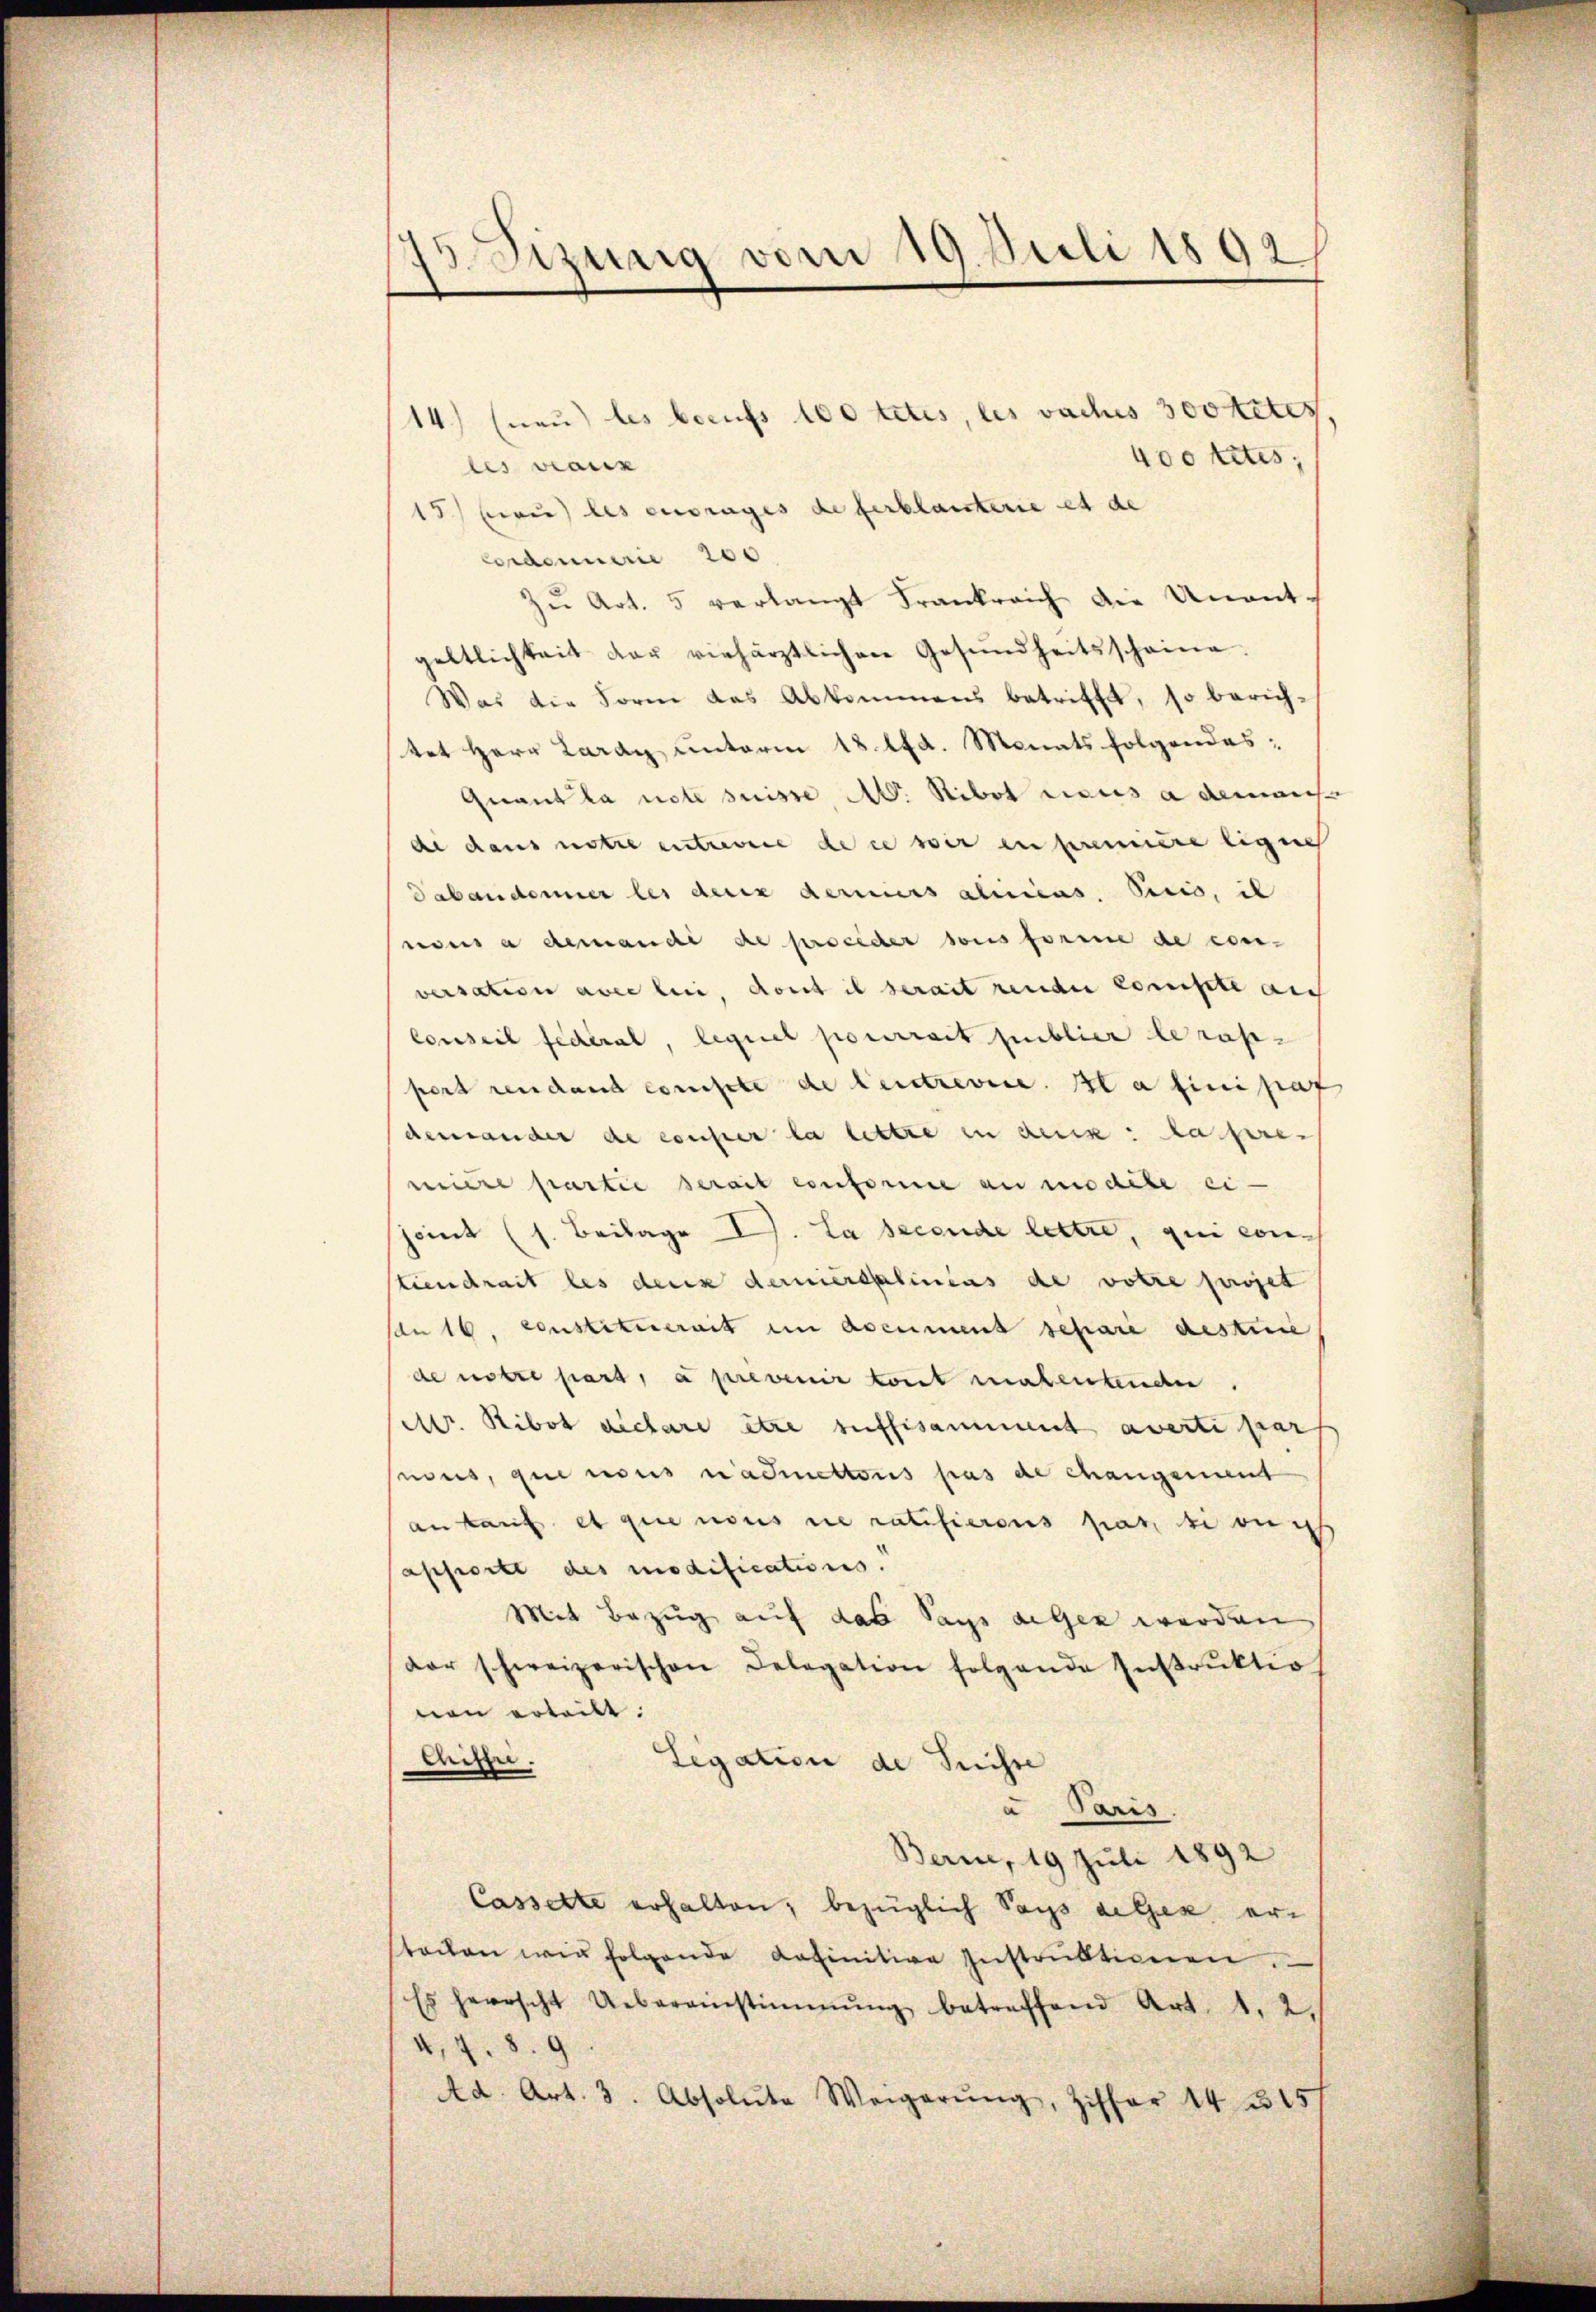
1 Sizung vom 19. Juli 1892

14) (nau) les berufs 100 tetes, les vaches sortetes
400 tetes;
les viarz
15.) Bei les ouvrages de ferblanterie et de
Cordamerie 200
Zŭ Art. 5 verlangt Frankreich die Unentgeltlichkeit der verhärztlichen Gesundheitsscheine.
Was die Form des Abkommens betrifft, so berich-
tet Herr Lardy, unterm 18. lfd. Monatsfolgendes:
Quant la note suisse A. Stibot aus a demans
de dans notre entreuere die wir in première ligen
Dabandener les denz derniers aliiiius, Vicis, il
nous a demandé de proceder sous forme de con-
versation aber bei, dont il serait renden koniste auch
Conseil fédéral, lequel pourrait publier le rap-
pert rendant compte de Centrevise. Il a lini pat
demander de conser la lettre in den lasseren
miere partie serait conforme au modete ei-
joint (s. Beilage D. La secende lettre, qui contiendrait les deux demniersalinens de votre passet
An 16. constituerait im accument schare destire
de notre part, a prevenir tont malentenden.
Mr. Ribot dictare être suffisamment averti par
nus, que nous admettons pas de changement
ankauf et que nous de ratifierous par von
apporte des modifications.
Mit Bezug auf das Says aigen werden
dar schweizerischen Delegation folgende Instrŭktio
nen erteilt.
Weizen.
Legation de Suisse
a Paris.
Berne, 19 Juli 1892
Cassette erhalten, bezüglich Pays de lex ertacken wir folgende definitive Instruktionen.
Es herrscht Uebereinstimmung betreffend Art. 1. 2.
4,4.80
Ad. Art. 3. Absolute Weigerŭng, Ziffer 14315